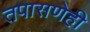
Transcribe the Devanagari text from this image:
तपासणेही